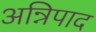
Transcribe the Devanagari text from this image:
अन्निपाद